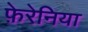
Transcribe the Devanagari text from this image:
फ़ेरेनिया